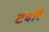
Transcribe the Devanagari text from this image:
टबरि